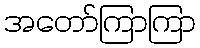
အတော်ကြာကြာ